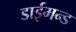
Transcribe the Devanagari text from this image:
डाईमन्ड